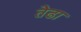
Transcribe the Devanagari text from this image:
तेढा